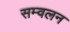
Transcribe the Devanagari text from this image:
सम्वलन